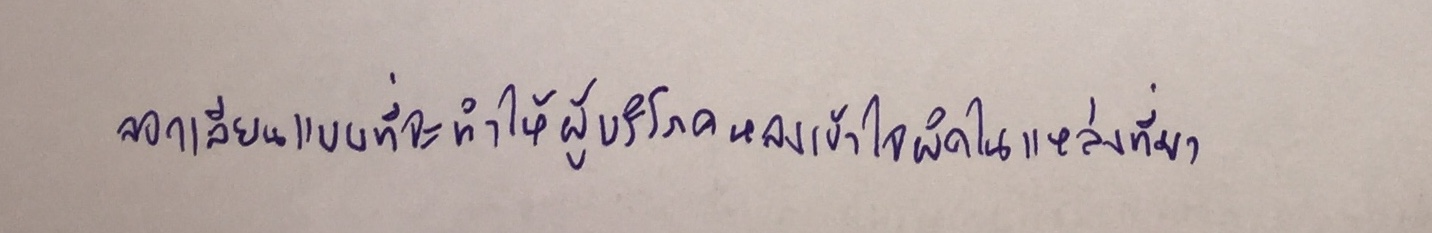
ลอกเลียนแบบที่จะทำให้ผู้บริโภคหลงเข้าใจผิดในแหล่งที่มา